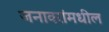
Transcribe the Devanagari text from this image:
जनावरांमधील